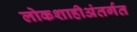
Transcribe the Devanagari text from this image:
लोकशाहीअंतर्गत